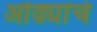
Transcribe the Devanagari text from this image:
ओढ्यांचे